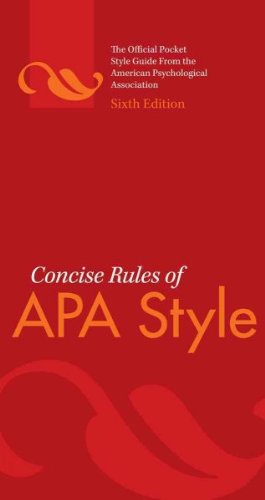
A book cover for Concise Rules of APA Style; American Psychological Association; Medical Books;